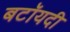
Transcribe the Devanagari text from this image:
बटॉयदी